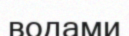
водами